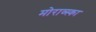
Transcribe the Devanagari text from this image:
मोराव्स्का